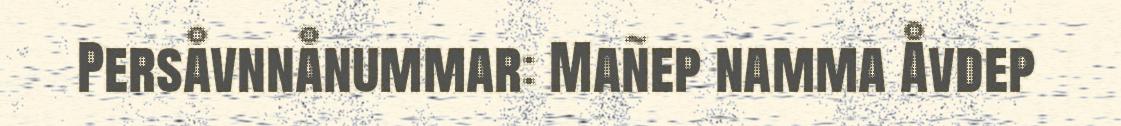
Persåvnnånummar: Mañep namma Åvdep